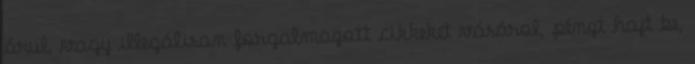
árul, vagy illegálisan forgalmazott cikkeket vásárol, pénzt hajt be,